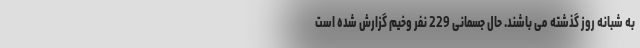
به شبانه روز گذشته می باشند. حال جسمانی 229 نفر وخیم گزارش شده است